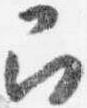
召